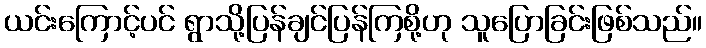
ယင်းကြောင့်ပင် ရွာသို့ပြန်ချင်ပြန်ကြစို့ဟု သူပြောခြင်းဖြစ်သည်။